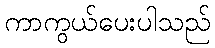
ကာကွယ်ပေးပါသည်